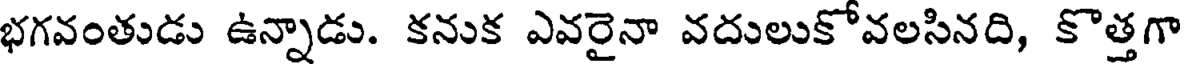
భగవంతుడు ఉన్నాడు. కనుక ఎవరైనా వదులుకోవలసినది, కొత్తగా